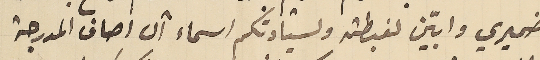
ضميري وابيّن لغبطته ولسيادتكم اسماء آل اصاف المدرجة